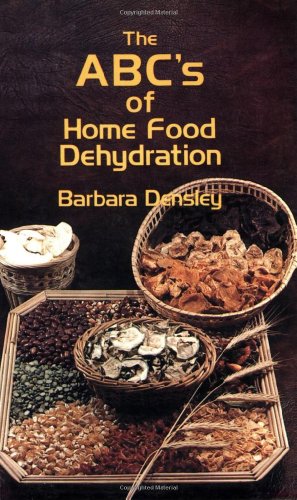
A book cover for The ABC's of Home Food Dehydration; Barbara Densley; Cookbooks, Food & Wine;